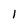
Character: 1